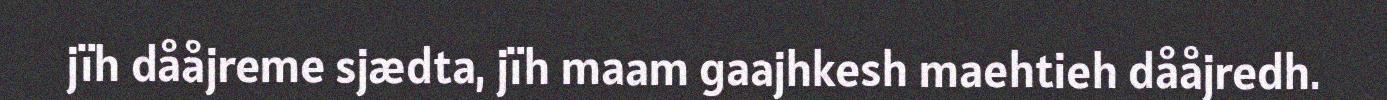
jïh dååjreme sjædta, jïh maam gaajhkesh maehtieh dååjredh.